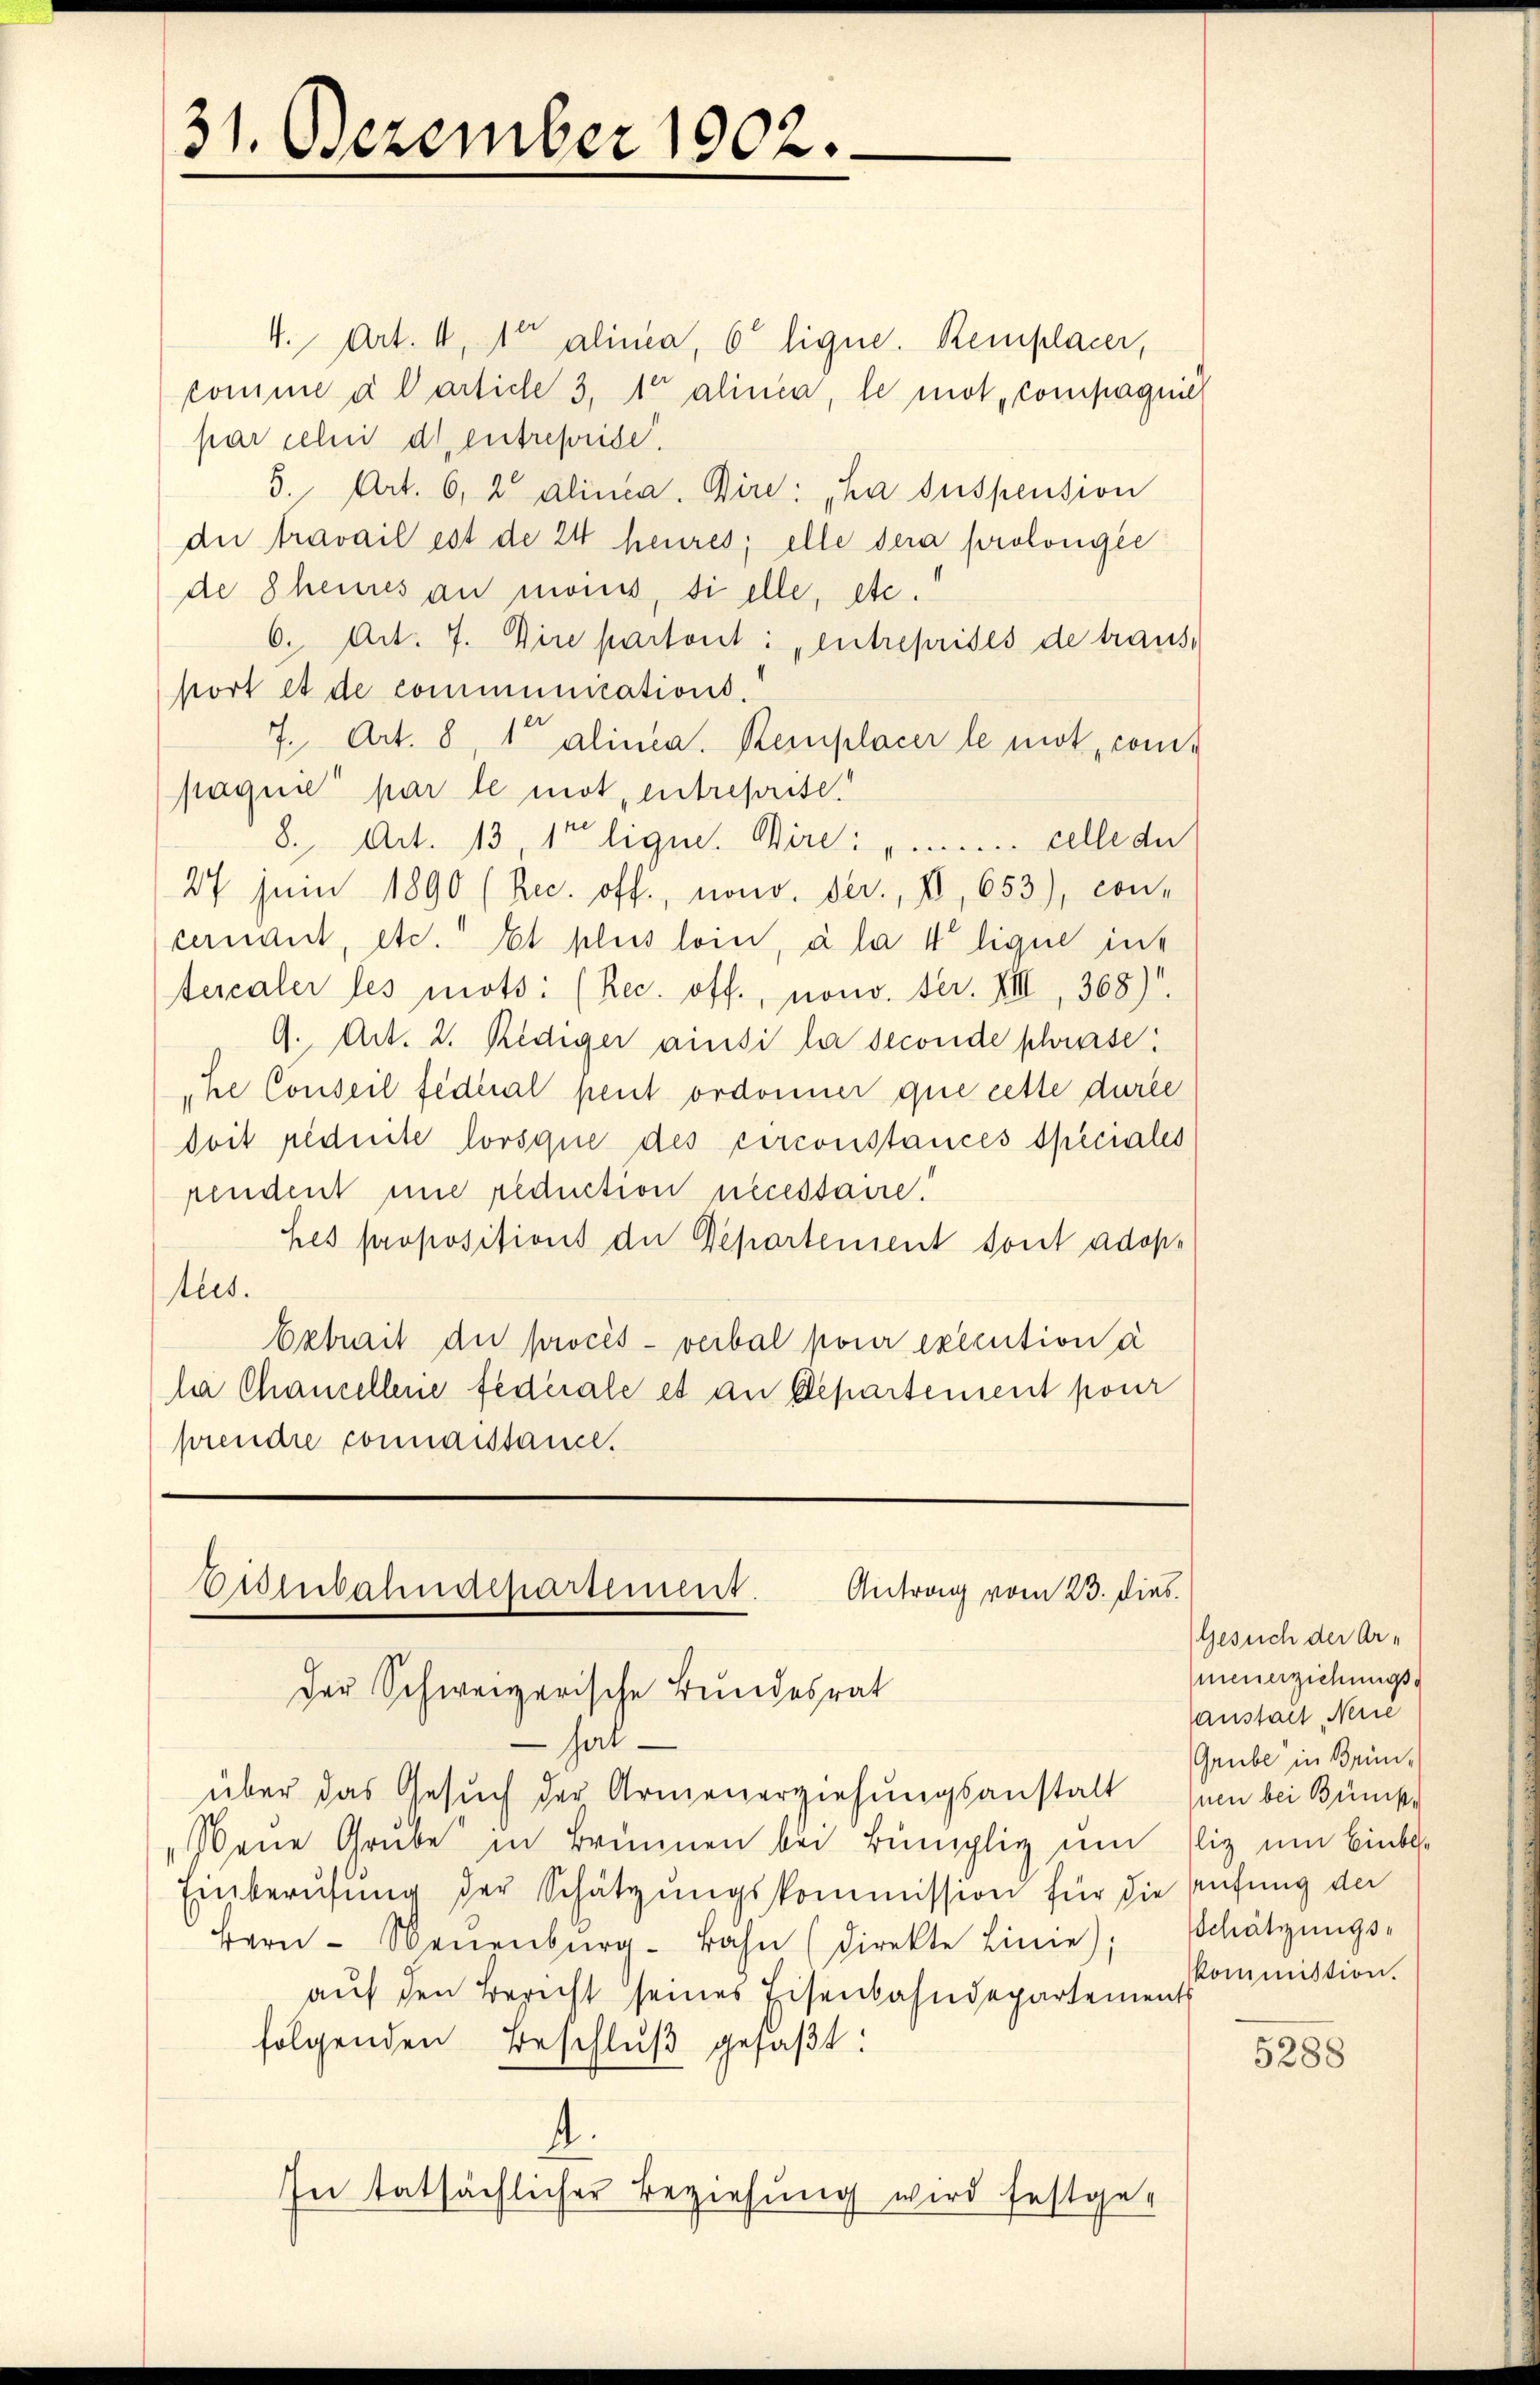
31. Dezember 1902.

4. Art. 4, 1te alinea, 6 ligne. Remplacer,
comme à l article 3, 10 alinea, le mot, compagnie
par celui d. entreprise.
5., Art. 6, 2 alinea. Dire: „La suspension
dir travail est de 24 heures; elle dera prolongée
de Scheines au monis, si elle, etc.
6. Art. 7. Dire partont: entreprises de traus,
port et de communications-
7. Art. 8, 1 alinea. Remplacer le mot compaquie par le mot, entreprise.
8., Art. 13 1te ligne. Bire: "........ celle de
27 juin 1890 (Rec. off., nono. der, II, 653), con-
cernant, etc. Et plus loin, à la 4 lique int
tescaler les mots: (Rec. off., nono. fer. VIII, 368).
G. Art. 2. Rediger ainsi la seconde shurse:
"he Conseil fédéral peut ordonner que cette durée
doit piduite lorsque des circonstances speciales
pendent une reduction necessaire!
hes propositions der Departement sont adoptus.
betrait der procès-verbal pour exécution a
la Chancellene fédérale et an Departement pour
prendre connaissance.

Eisenbahndepartement. Antrag vom 23. dies
Der Schweizerische Bundesrat

halüber das Gesuch der Armenerziehungsanstalt sein bei Bümpe
Neue Grube in Brunnen bei Bünschlig um Eliz um Einbe¬
Einberufung der Schätzungskommission für die Prüfung der
Hern - Neuenburg-Bahn (direkte Linie); Schätzungs-
auf den Bericht seines Eisenbahndepartements
folgenden Beschlŭβ gefaβt:
4.
In tatsächlicher Beziehung wird festge-

Gesuch der Ar-
menerziehungs
anstalt, Neue
Grube in Brünkommission.

5288